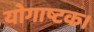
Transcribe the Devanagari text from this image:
योगाष्टक।